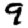
Digit: 9